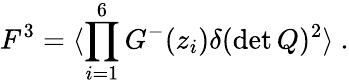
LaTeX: F^{3}=\langle\prod_{i=1}^{6}G^{-}(z_{i})\delta(\operatorname*{det}Q)^{2}\rangle\ .